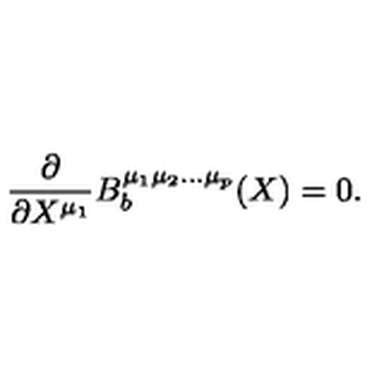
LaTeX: \frac { \partial } { \partial X ^ { \mu _ { 1 } } } B _ { b } ^ { \mu _ { 1 } \mu _ { 2 } \ldots \mu _ { p } } ( X ) = 0 .